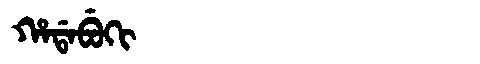
Manchu: ᡥᠠᡩᠠᠪᡠᡴᡳ
Romanization: HADABUKI